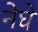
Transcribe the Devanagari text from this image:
नेघे